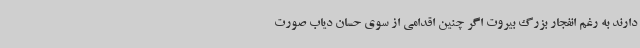
دارند به رغم انفجار بزرگ بیروت اگر چنین اقدامی از سوی حسان دیاب صورت